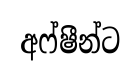
අෆ්ෂීන්ට